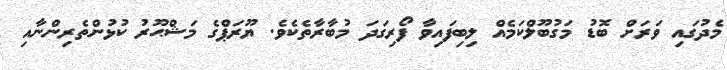
މެދުގައި ވަރަށް ބޮޑު މަގުބޫލްކަމެއް ލިބިފައިވާ ފޯރިގަދަ މުބާރާތެކެވެ. ޔޫރަޕްގެ މަޝްޙޫރު ކުޅުންތެރިންނާއި